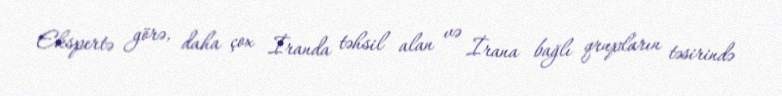
Ekspertə görə, daha çox İranda təhsil alan və İrana bağlı qrupların təsirində